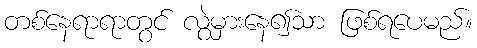
တစ်နေရာရာတွင် လွဲမှားနေ၍သာ ဖြစ်ရပေမည်။